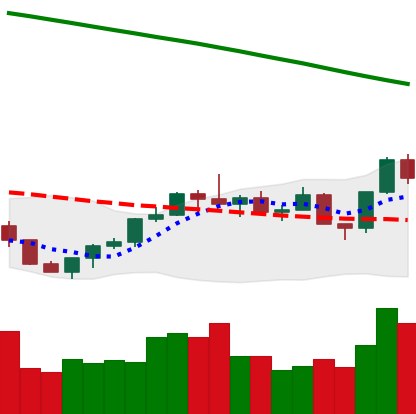
Ticker: LTC-USD
Chart end date: 2022-07-29
Forward return: -5.117%
Label: down_5_7